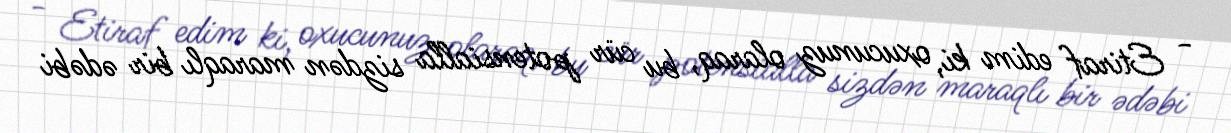
- Etiraf edim ki, oxucunuz olaraq, bu cür potensialla sizdən maraqlı bir ədəbi